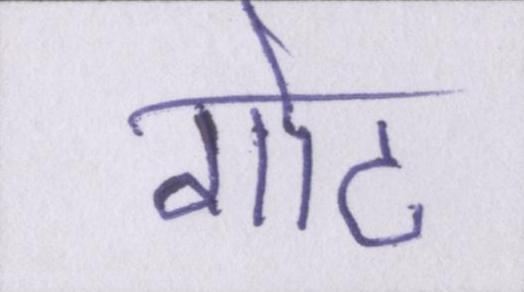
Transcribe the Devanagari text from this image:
गोट